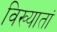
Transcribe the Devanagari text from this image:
विख्यातां